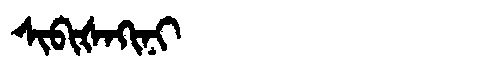
Manchu: ᠰᡳᠪᡳᡧᠠᡴᡳᠨᡳ
Romanization: SIBIŠAKINI